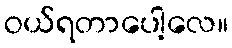
ဝယ်ရတာပေါ့လေ။